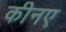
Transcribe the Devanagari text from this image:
कीनए